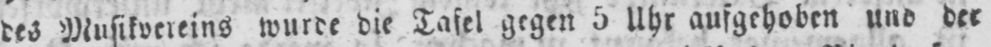
des Musikvereins wurde die Tafel gegen 5 Uhr aufgehoben und der